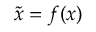
\tilde { x } = f ( x )